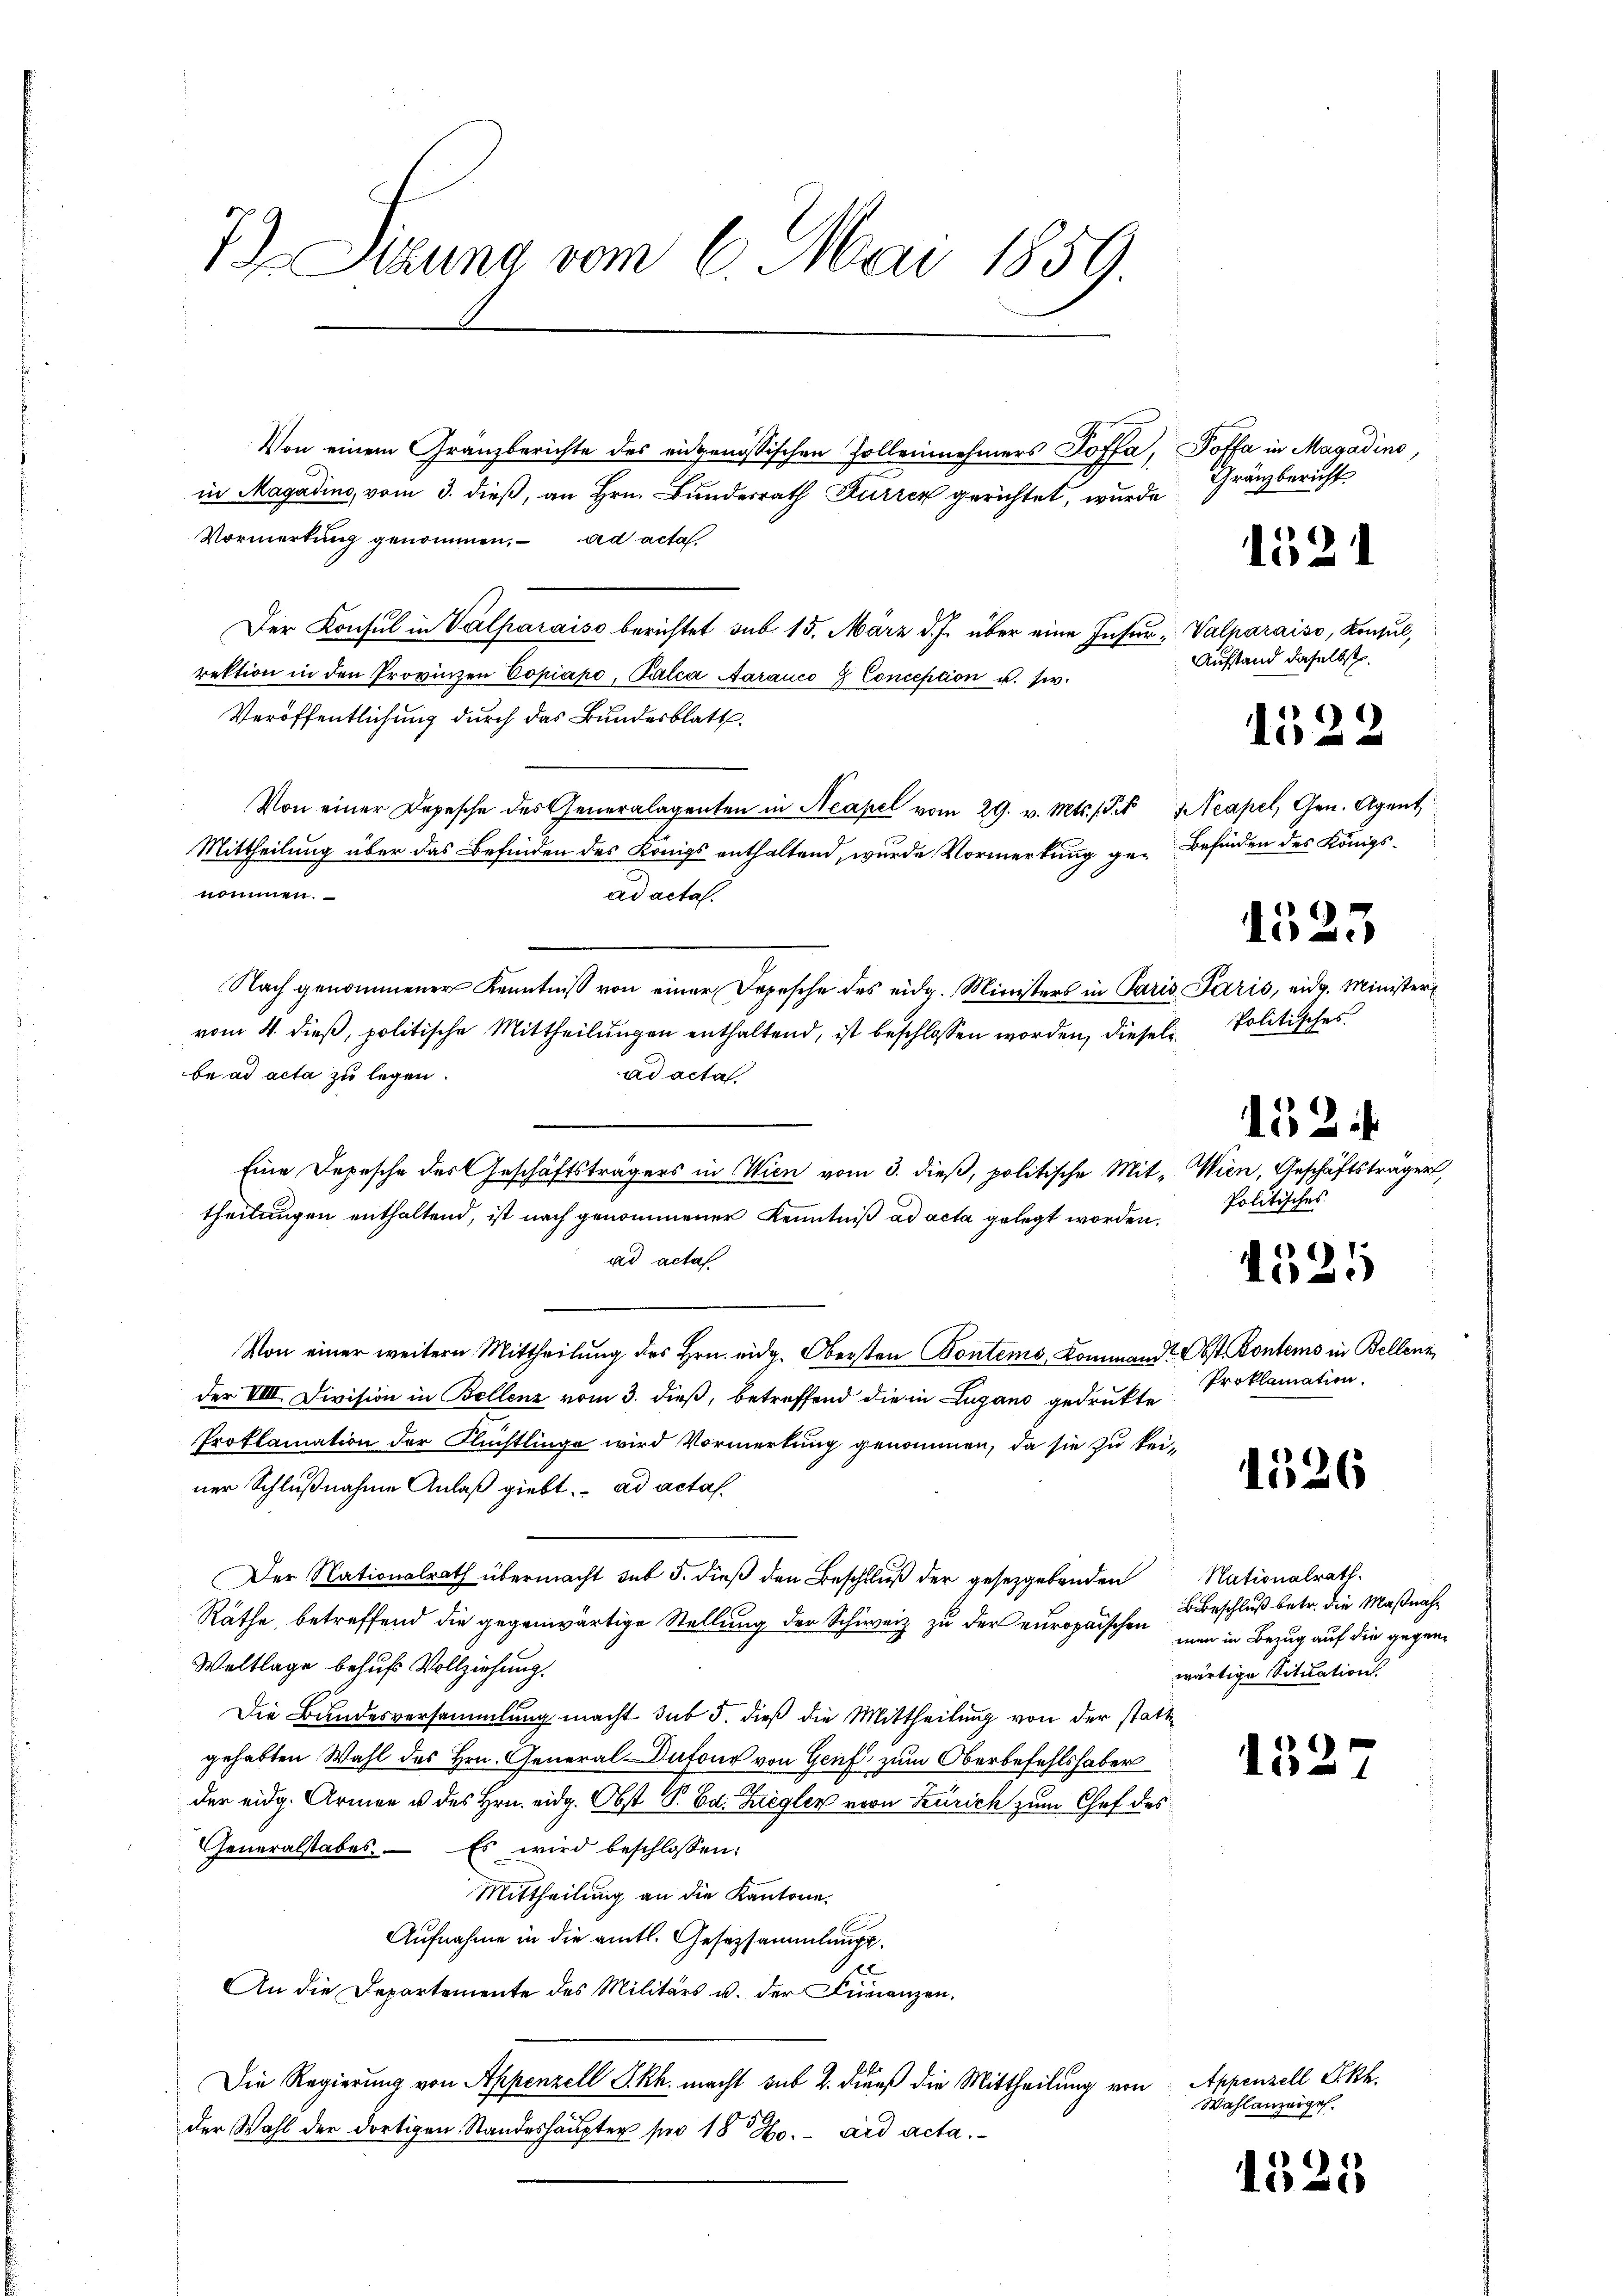
7) Sitzung vom 6. Mai 1859.

Von einem Gränzberichte des eidgenössischen Zollennehmers Soffa,
in Magadino, vom 3. dieß, an Hrn. Bundesrath Furren gerichtet, wurde
Vormerkung genommen. ad acta
Der Konsul in Valparaise berichtet sub 15. März d. J. über eine Insurrektion in den Provinzen Copiapo, Palca Aarauco 9 Conception u. s.
Veröffentlichung durch das Bundesblatt.
Von einer Depesche des Generalagenten in Neapel vom 29. v. Mts. S. Neapel, Gen. Agent
Mittheilung über das Befinden des Königs enthaltend, wurde Vormerkung ge-Befinden des Königsnommen.
ad acta.
vom 4. dieß, politische Mittheilungen enthaltend, ist beschlossen worden, dieselbe ad acta zu legen.
ad acta.
Eine Depesche des Geschäftsträgers in Wien vom 3. dieβ, politische Mit- Wien, Geschäftsträge
theilungen enthaltend, ist nach genommener Kenntniß ad acta gelegt worden.
ad acta
Von einer weitern Mittheilung des Hrn. eidg. Obersten Pontems, Kommand Obst Kontems in Bellenz
der VIII. Division in Bellenz vom 3. dieß, betreffend die in Lugano gedrukte
Proklamation der Flüchtlinge wird Vormerkung genommen, da sie zu kei-
ner Schlußnahme Anlaß giebt. ad acta.
Der Nationalrath übermacht sub 5. dieß den Beschluß der gesetzgebenden
Räthe, betreffend die gegenwärtige Stellung der Schweiz zu der europäischen nun in Bezug auf die gegen¬
Weltlage behufs Vollziehung.
Die Bundesversammlung macht sub 5. dieß die Mittheilung von der statt
gehabten Wahl des Hrn. General-Dafond von Genf zum Oberbefehlshaber
der eidg. Armen u des Hrn. eidg. Obst S. Ed. Liegler von Zürich zum Chef des
Generalstabes. Es wird beschlossen:
Mittheilung an die Kantone.
Aufnahme in die amtl. Gesetzsammlungs¬
A
An die Departemente des Militärs u. der Finanzen,
Die Regierung von Appenzell I.Rh. macht sub 2. Diens die Mittheilung von Appenzell Ekk.
der Wahl der dortigen Standeshaupterfer 18 Ho. ad acta.

Nach genommener Kenntniß von einer Depesche des eidg. Ministers in Paris

Poffa in Magadino,
Gränzbericht.

Valparaiso, Konsul,
Aufstand daselbst.

1521

1522

1525

Paris, eidg. Minist
Politisches

152

Politisches

4525

Proklamation.

1526

Nationalrath.
BBeschluß betr. die Maßnahwärtige Situation

152

Wahlanzeigel.

1525